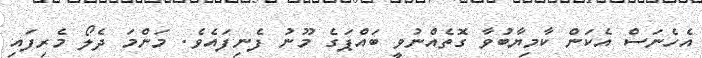
އެހެނަސް އެކަން ކާމިޔާބުވާ ގޮތެއްނުވީ ބައްޕަގެ މޫނު ފެނިފައެވެ. މަންމަ ދެލޯ މެރިފައި